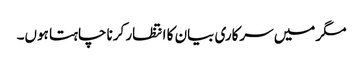
مگر میں سرکاری بیان کا انتظار کرنا چاہتا ہوں۔